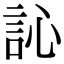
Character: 訫